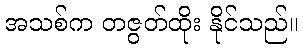
အသစ်က တဇွတ်ထိုး နိုင်သည်။